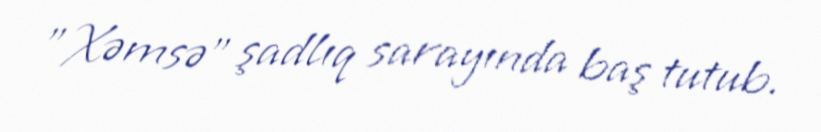
"Xəmsə" şadlıq sarayında baş tutub.